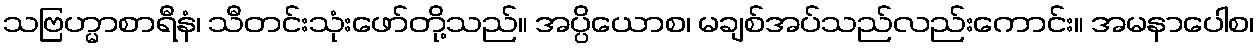
သဗြဟ္မာစာရီနံ၊ သီတင်းသုံးဖော်တို့သည်။ အပ္ပိယောစ၊ မချစ်အပ်သည်လည်းကောင်း။ အမနာပေါစ၊